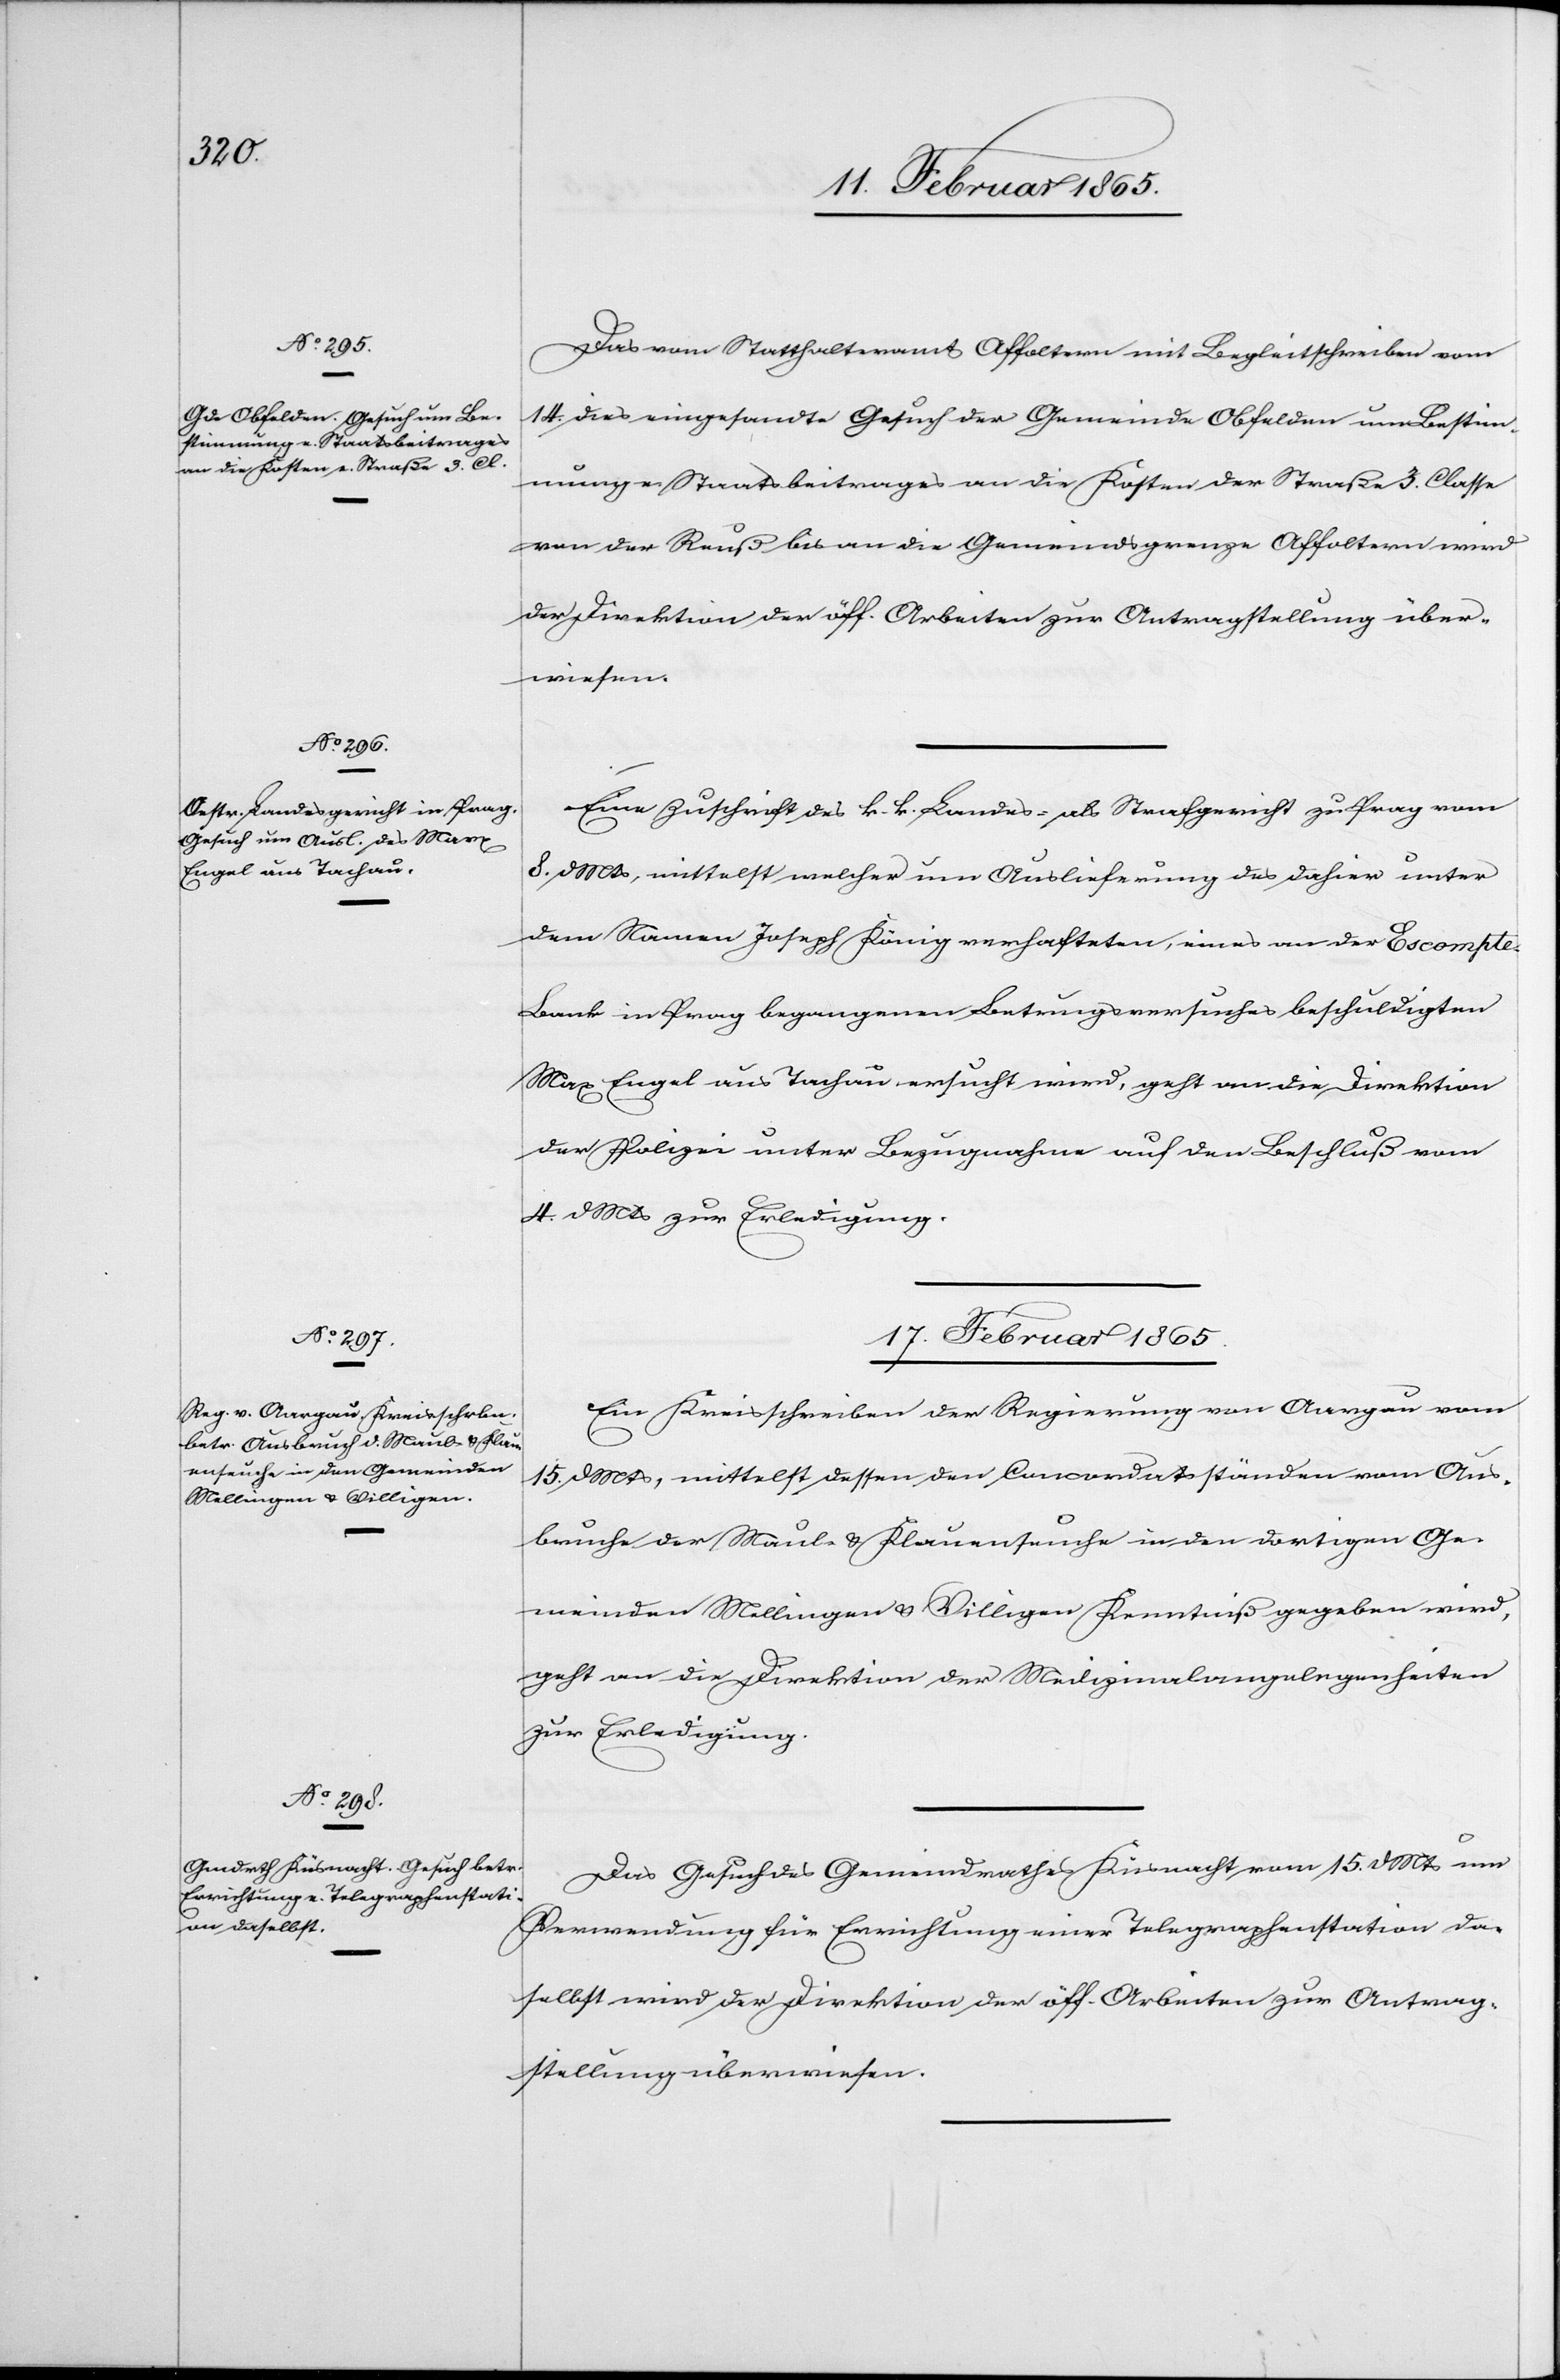
Das vom Statthalteramt Affoltern mit Begleitschreiben vom
14. dies eingesandte Gesuch der Gemeinde Obfelden um Bestim¬
mung e. Staatsbeitrages an die Kosten der Straße 3. Classe
von der Reuß bis an die Gemeindsgrenze Affoltern wird
der Direktion der öff. Arbeiten zur Antragstellung über¬
wiesen.
Eine Zuschrift des k. k. Landes- als Strafgericht zu Prag vom
8. d Mts, mittelst welcher um Auslieferung des dahier unter
dem Namen Joseph König verhafteten, eines an der Escompt¬
e-Bank in Prag begangenen Betrugesversuches beschuldigten
Marx Engel aus Tachau ersucht wird, geht an die Direktion
der Polizei unter Bezugnahme auf den Beschluß vom
4. d Mts zur Erledigung.
17. Februar 1865.]
Ein Kreisschreiben der Regierung von Aargau vom
15. d Mts, mittelst dessen den Concordatsständen vom Aus¬
bruche der Maul- u. Klauenseuche in den dortigen Ge¬
meinden Mellingen u. Villigen Kenntniß gegeben wird,
geht an die Direktion der Medizinalangelegenheiten
zur Erledigung.
Das Gesuch des Gemeindrathes Küsnacht vom 15. d Mts um
Verwendung für Errichtung einer Telegraphenstation da¬
selbst wird der Direktion der öff. Arbeiten zur Antrag¬
stellung überwiesen.